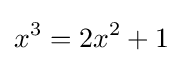
x^{3}=2x^{2}+1